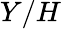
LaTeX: Y/H